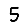
Digit: 5